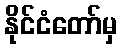
နိုင်ငံတော်မှ